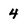
Character: 4